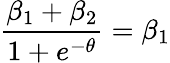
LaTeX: \frac{\beta_{1}+\beta_{2}}{1+e^{-\theta}}=\beta_{1}